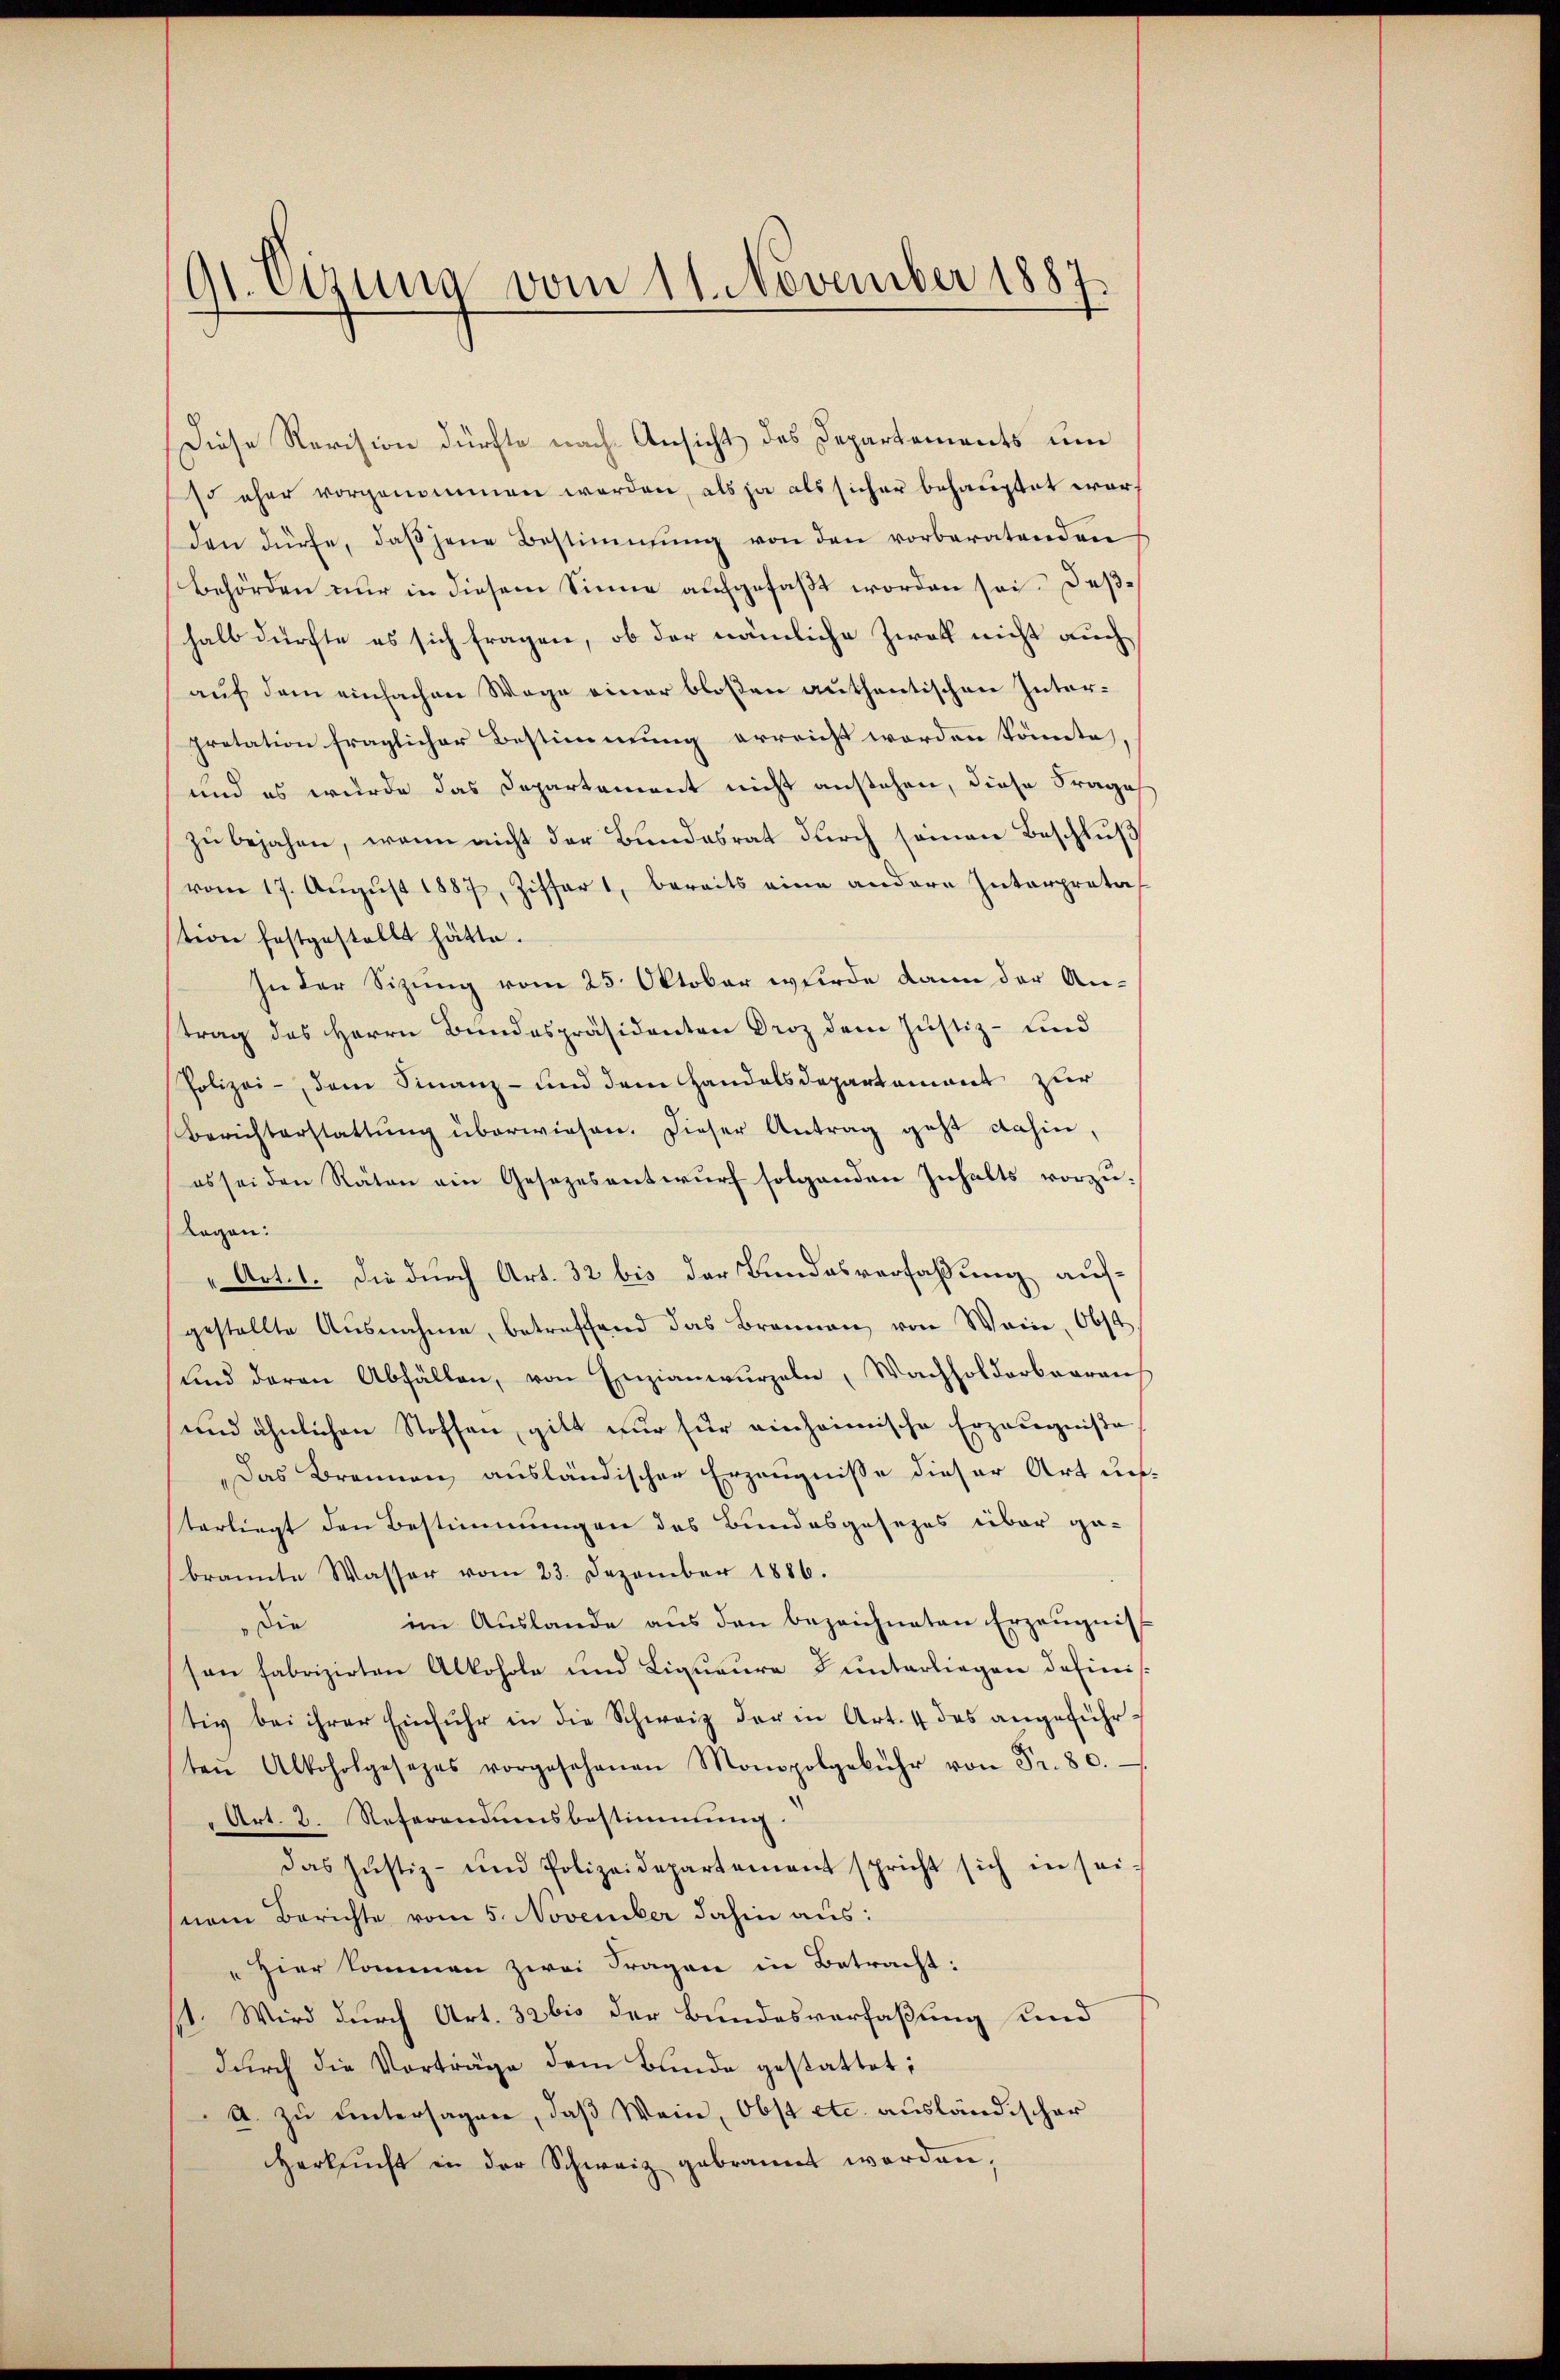
91. Eizung vom 11. November 1887

Diese Revision dürfte nach Ansicht des Departements um
o eher vorgenommen werden, als ja als sicher behauptet worf
den dürfe, daβ jene Bestimmung von den vorberatenden
Behörden nur in diesem Sinne aufgefaßt worden sei. Deßhalb dürfte es sich fragen, ob der nämliche Zwat nicht auch
auf dem einfachen Wege einer bloßen authentischen Interpretation fraglicher Bestimmung erreicht worden könnte,
und es wurde das Departement nicht anstehen, diese Frage
zu bejahen, wenn nicht der Bundesrat durch seinen Beschluß
vom 17. Aŭgŭst 1887, Ziffert, bereits eine andere Interpreta
stion festgestellt hätte.
In der Sizung vom 25. Oktober wurde dann der Antrag des Herrn Bundespräsidenten Droz dem Justiz- und
Polizei- dem Finanz- und dem Handelsdepartement zur
Berichterstattŭng überwiesen. Dieser Antrag geht dahin,
es sei den Räten ein Gesezesentwurf folgenden Inhalts vorzu¬
Ragen:
Art. 1. Die durch Art. 32 bis der Bundesverfaßung auf-
gestellte Ausnahme, betreffend das Brannen von Wein, Obst
und daran Abfällen, von Enzianwurzeln, Wachsoldarberaus
und ähnlichen Stoffen, gilt nur für einheimische Erzeugniße
Das Brennen, ausländischer Erzeugnisse dieser Art unterliegt den Bestimmungen des Bundesgesezes über ge-
brannte Wasser vom 23. Dezember 1886.
die im Aŭslande aŭs den bezeichneten Erzeŭgni
son fabrizirten Alkohole und Ligueure unterliegen definistiv bei ihrer Einfuhr in die Schweiz der in Art. 4 des angeführten Alkoholgesezes vorgesehenen Monopolgebühr von Fr. 80.
Art. 2. Referandumsbestimmung.
das Justiz- und Polizeidepartement spricht sich in sei-
nem Berichte vom 5. November dahin aus:
"Hier kommen zwei Fragen in Betracht:
st. Wird durch Art. 32 bis der Bundesverfaßung und
durch die Vorträge dem Bunde gestattet:
A. zu untersagen, daß Wein, Obst etc. ausländischer
Herkucht in der Schweiz gebrannt worden,